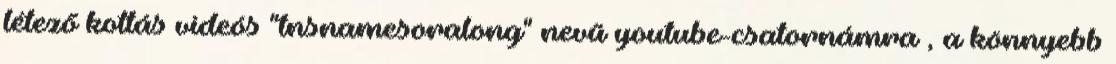
létező kottás videós "tnsnamesoralong" nevű youtube-csatornámra , a könnyebb